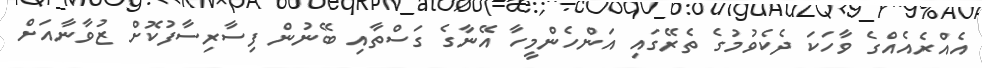
އެއްރެއެއްގެ ވާހަކަ ދެކެވުމުގެ ތެރޭގައި އަންހެންމީހާ އޭނާގެ ގަސްތާއި ބޭނުން ފިސާރިސާފުކޮށް ޒުވާނާއަށް